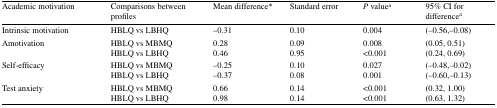
| Academic motivation | Comparisons between profiles | Mean difference* | Standard error | P valuea | 95% CI for differencea |
 | --- | --- | --- | --- | --- | --- |
 | Intrinsic motivation | HBLQ vs LBHQ | −0.31 | 0.10 | 0.004 | (−0.56,−0.08) |
 | Amotivation | HBLQ vs MBMQHBLQ vs LBHQ | 0.280.46 | 0.090.95 | 0.008<0.001 | (0.05, 0.51)(0.24, 0.69) |
 | Self-efficacy | HBLQ vs MBMQHBLQ vs LBHQ | −0.25−0.37 | 0.100.08 | 0.0270.001 | (−0.48,−0.02)(−0.60,−0.13) |
 | Test anxiety | HBLQ vs MBMQHBLQ vs LBHQ | 0.660.98 | 0.140.14 | <0.001<0.001 | (0.32, 1.00)(0.63, 1.32) |